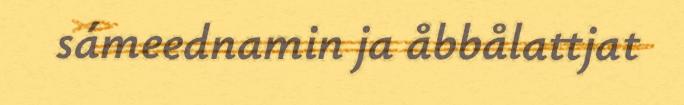
sámeednamin ja åbbålattjat